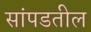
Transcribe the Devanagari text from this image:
सांपडतील